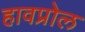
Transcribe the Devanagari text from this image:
हावप्रोल